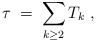
LaTeX: \begin{align*}\tau \;=\; \sum_{k \ge 2} T_k \;,\end{align*}